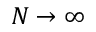
N \rightarrow \infty